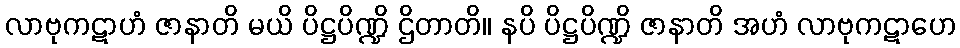
လာဗုကဋာဟံ ဇာနာတိ မယိ ပိဋ္ဌပိဏ္ဍိ ဌိတာတိ။ နပိ ပိဋ္ဌပိဏ္ဍိ ဇာနာတိ အဟံ လာဗုကဋာဟေ